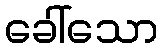
ခေါ်သော